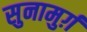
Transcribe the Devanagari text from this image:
सुनामुर्ग़